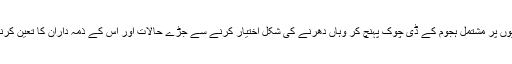
اس سے قبل وزارت داخلہ نے ممتاز قادری کے حامیوں پر مشتمل ہجوم کے ڈی چوک پہنچ کر وہاں دھرنے کی شکل اختیار کرنے سے جڑے حالات اور اس کے ذمہ داران کا تعین کرنے کے لیے ایک تحقیقاتی کمیٹی بھی تشکیل دے دی۔